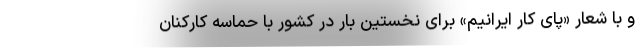
و با شعار «پای کار ایرانیم» برای نخستین بار در کشور با حماسه کارکنان